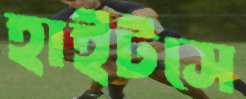
হাইটসে